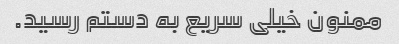
ممنون خیلی سریع به دستم رسید.